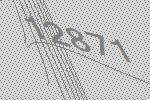
12871